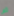
ثم